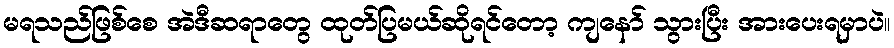
မရသည်ဖြစ်စေ အဲဒီဆရာတွေ ထုတ်ပြမယ်ဆိုရင်တော့ ကျနော် သွားပြီး အားပေးရမှာပဲ။